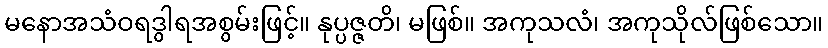
မနောအသံဝရဒွါရအစွမ်းဖြင့်။ နုပ္ပဇ္ဇတိ၊ မဖြစ်။ အကုသလံ၊ အကုသိုလ်ဖြစ်သော။